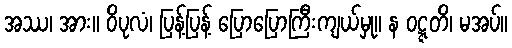
အဿ၊ အား။ ဝိပုလံ၊ ပြန့်ပြန့် ပြောပြောကြီးကျယ်မှု။ န ဝဋ္ဋတိ၊ မအပ်။